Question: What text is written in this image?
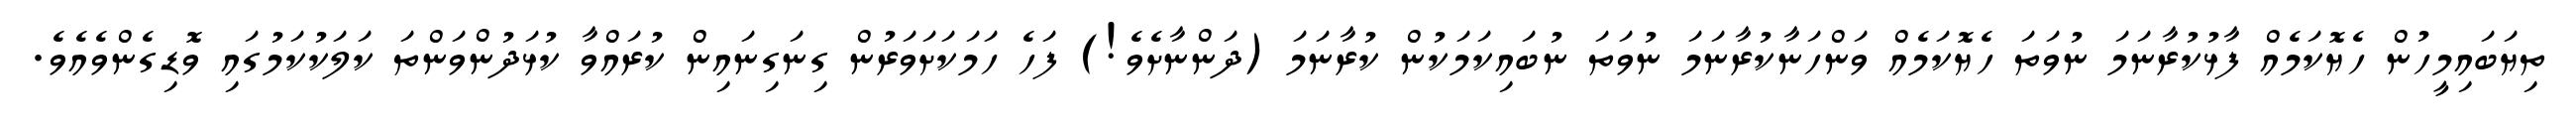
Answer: ތިޔަބައިމީހުން ހެޔޮކަމެއް ފާޅުކުރާނަމަ ނުވަތަ ހެޔޮކަމެއް ވަންހަނާކުރާނަމަ ނުވަތަ ނުބައިކަމަކުން ކުރާނަމަ (ދަންނާށެވެ!) ފަހެ ހަމަކަށަވަރުން ގިނަގިނައިން ކުރައްވާ ކުޅަދުންވަންތަ ކަލަކުކަމުގައި ވޮޑިގެންވެއެވެ.